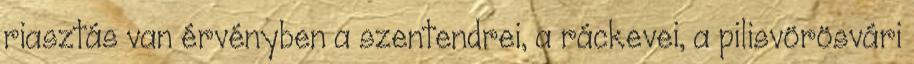
riasztás van érvényben a szentendrei, a ráckevei, a pilisvörösvári